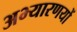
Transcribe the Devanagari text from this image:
अभ्यारणयों